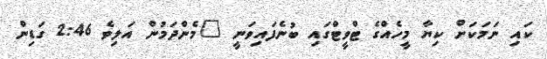
ކައި ނަމަކަށް ކިޔާ މީހެއްގެ ޓްވީޓްގައި ބުނެފައިވަނީ "މެންދަމުން އަލިވެ 2:46 ގަޑިން